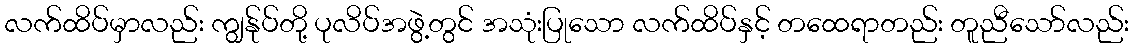
လက်ထိပ်မှာလည်း ကျွန်ုပ်တို့ ပုလိပ်အဖွဲ့တွင် အသုံးပြုသော လက်ထိပ်နှင့် တထေရာတည်း တူညီသော်လည်း